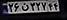
۲۶ن۳۲۷۴۴